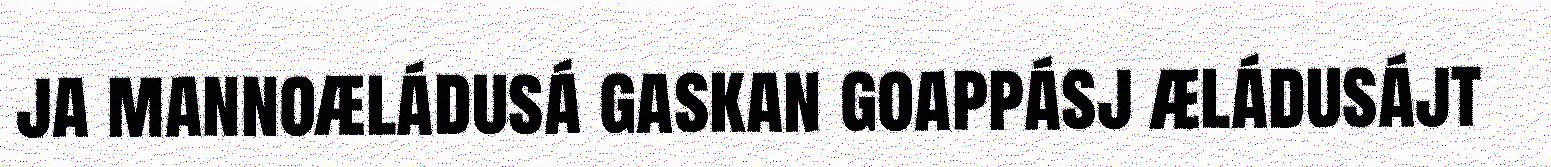
ja mannoæládusá gaskan goappásj æládusájt